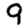
Digit: 9